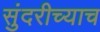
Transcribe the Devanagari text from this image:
सुंदरीच्याच